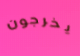
يخرجون